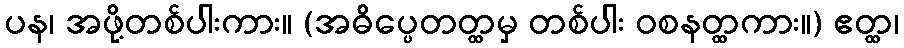
ပန၊ အဖို့တစ်ပါးကား။ (အဓိပ္ပေတတ္ထမှ တစ်ပါး ဝစနတ္ထကား။) ဧတ္ထ၊